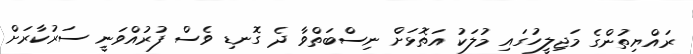
ރައްޔިތުންގެ މަޖިލީހުގައި މުލަކު އަތޮޅަށް ނިސްބަތްވާ ދެ ގޮނޑި ވެސް ފުރުއްވަނީ ސަރުކާރަށް